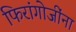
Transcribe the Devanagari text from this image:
फिरांगोजींना